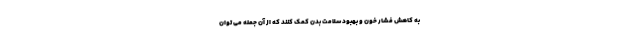
به کاهش فشار خون و بهبود سلامت بدن کمک کنند که از آن جمله می توان